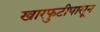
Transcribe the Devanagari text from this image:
खारफुटीपासून